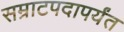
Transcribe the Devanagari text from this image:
सम्राटपदापर्यंत